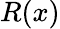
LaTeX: R(x)